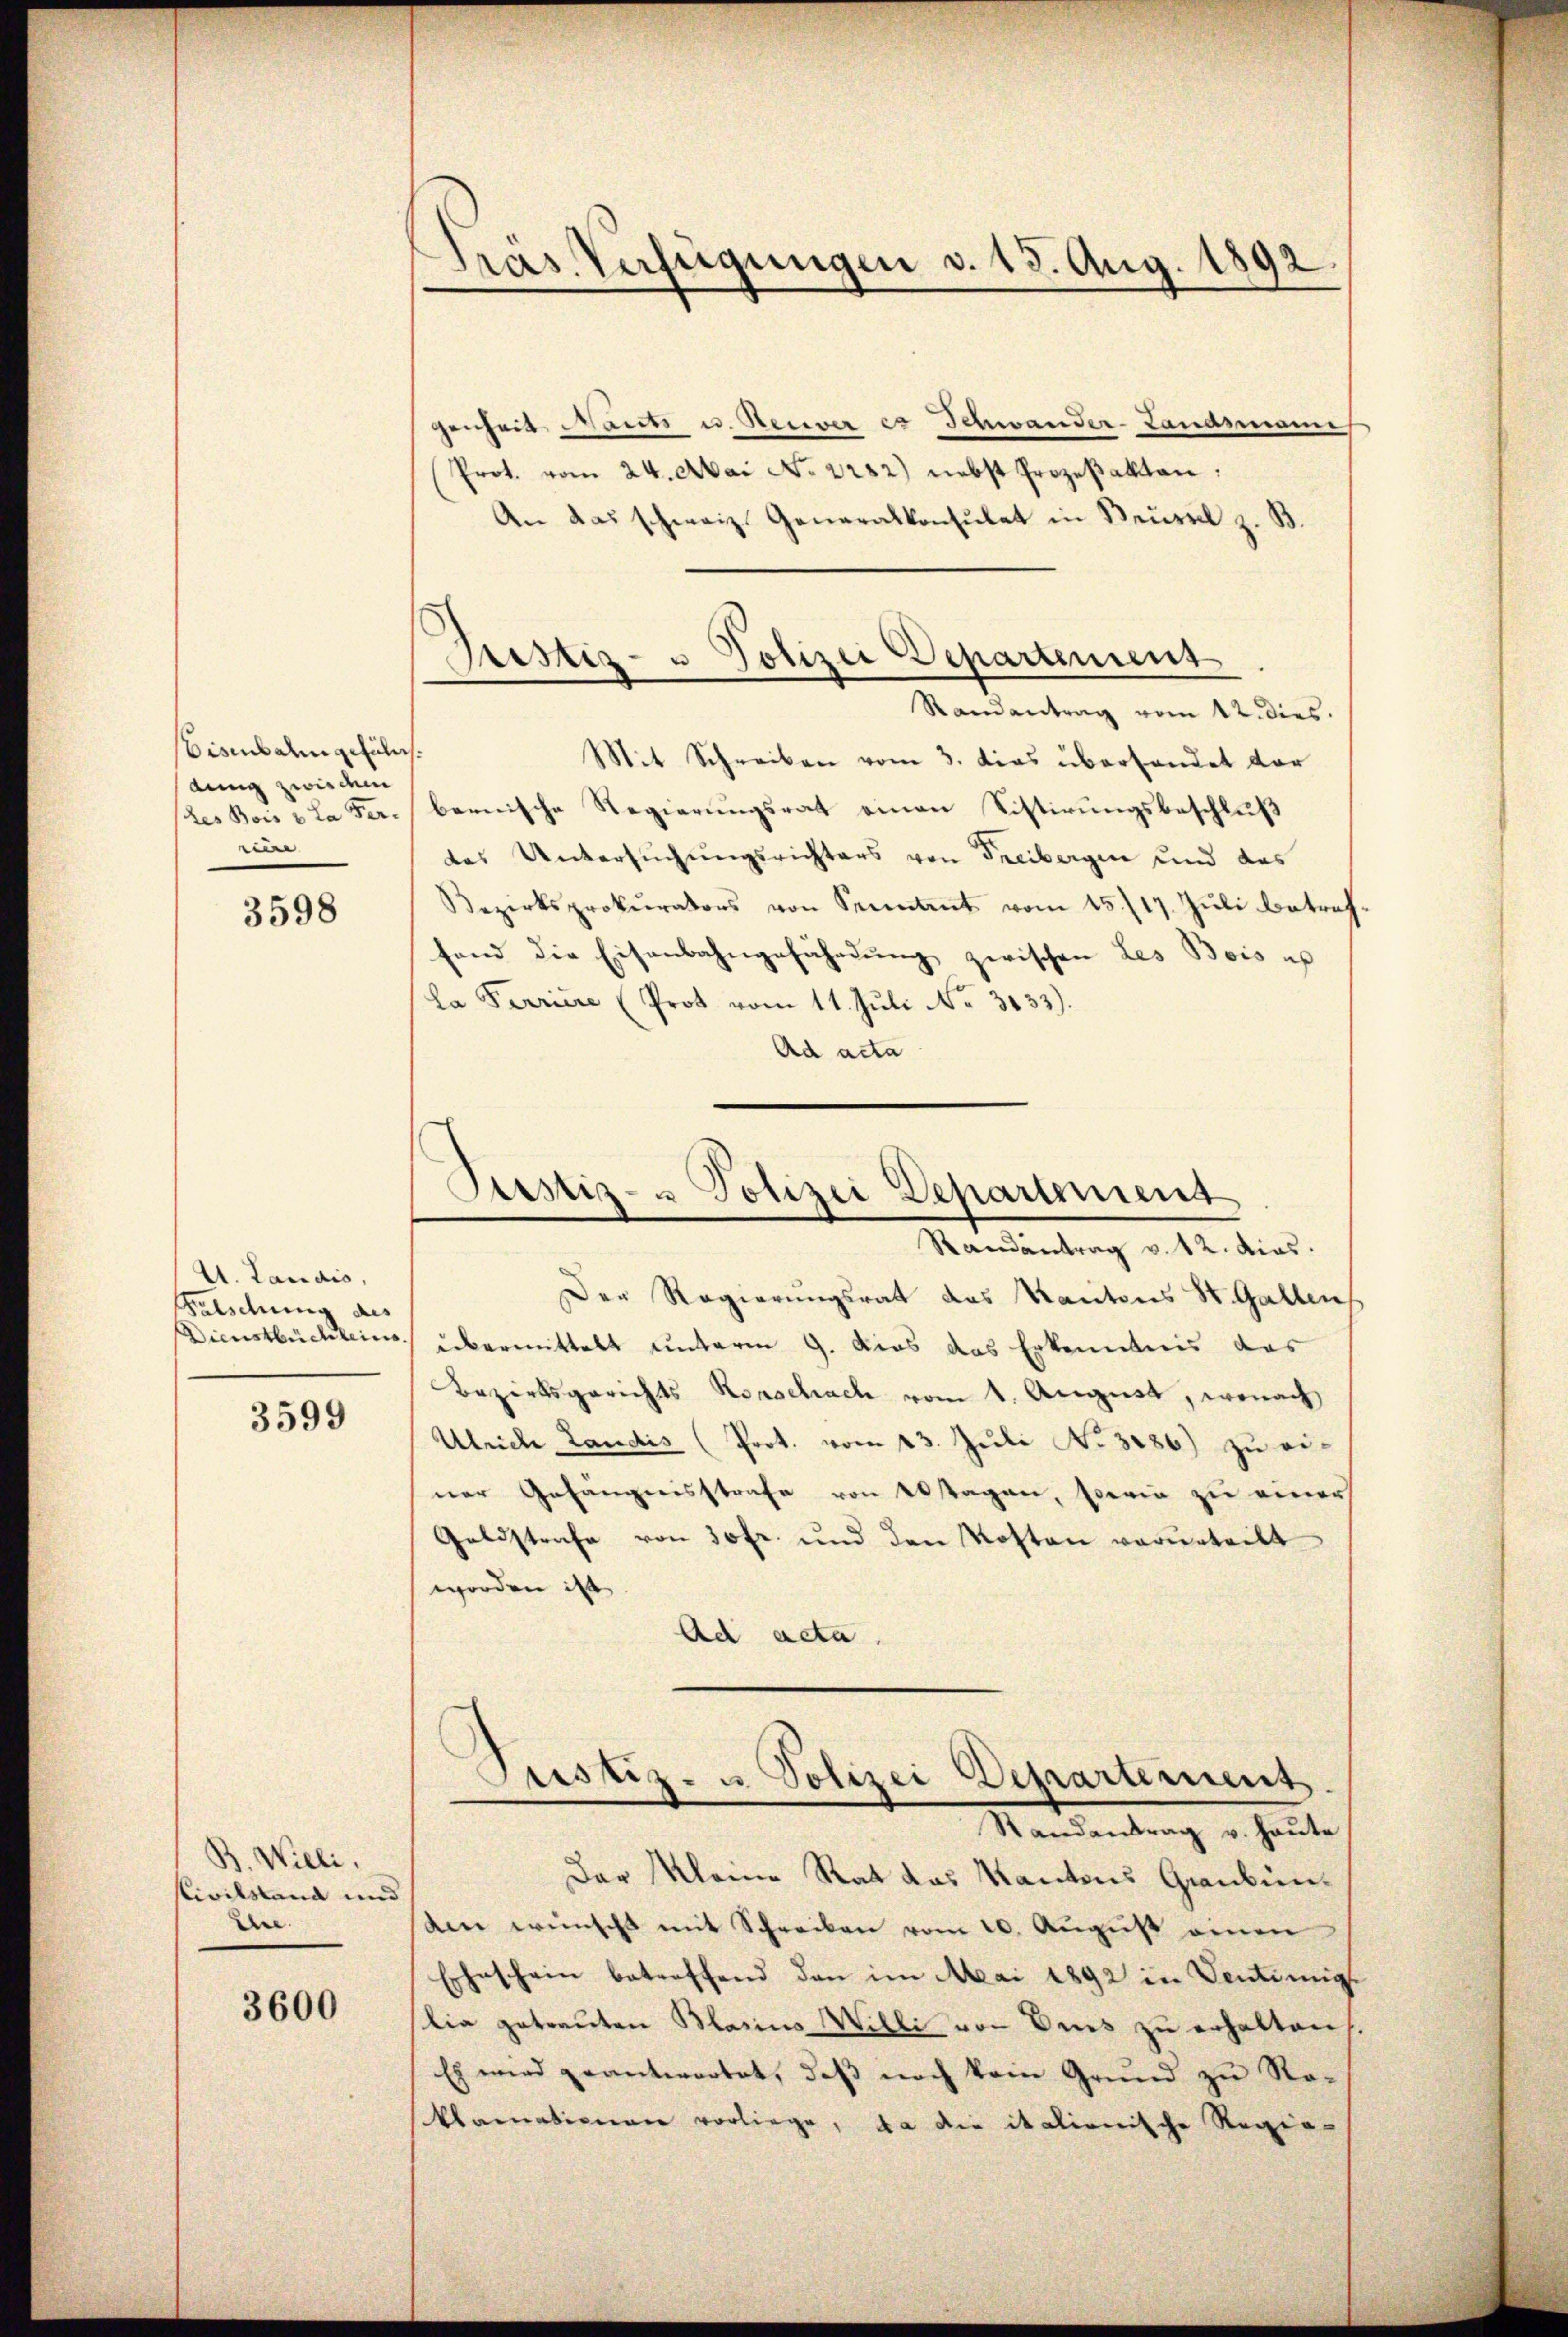
bisibalm gefülns.
dung zwischem
(des Bois v. La Fer-
ni

3598

U. Landis,
Falschung des

3599

B. Willi,
Civilstand und
dee |

3600

Präs. Verfügungen d. 13. Aug. 1892

Justiz- u Polizei Departement

genheit Mante u. Rever es Schwander-Landsmann
Prot. vom 24. Mai No 2232) nebst Prozeßakten:
An das schweiz. Generalkonsulat in Reussel z. B.
Randantrag vom 12. dies.
Mit Schreiben vom 3. dies überhandet vor
bernische Regierungsrat einen Listirungsbeschluß
das Untersuchungsrichters von Freibergen und das
Bezirksprokurators von Sentent vom 15./17. Jŭli betref
fand die Eisenbahngefährdung zwischen Les Bois es
La Ferriere (Prot vom 11. Juli No 3133).
Ad acta

Pustiz- u Polizei Departement
Randantrag v. 12. dies

Der Regierungsrat das Kantons St. Gallen
Dienstbüchlein übermittelt unterm 9. Dies das Erkenntnis das
Bezirksgerichts Konschach vom 1. August, wonach
Ulrich Landis (Prot. vom 23. Juli No 3186) zu ei-
ner Gefängnisstrafe von Abtagen, sowie zu einer
Geldstrafe von 30fr. und den Kosten verurteilt
worden ist
Ad acta.

Justiz- u. Polizei Departement
Randantrag v. heute

Der Kleine Rat das Kantons Graubünde wünscht mit Schreiben vom 20. Aŭgŭst einen
Eheschein betreffend den im Mai 1892 in Ventimig
lia getrauten Blasius Willi von Dies zu erhalten,
Es wird geantwortet, daß noch kein Grund zu Ro¬
Alamatisieren vorliege, da die italienische Regie-